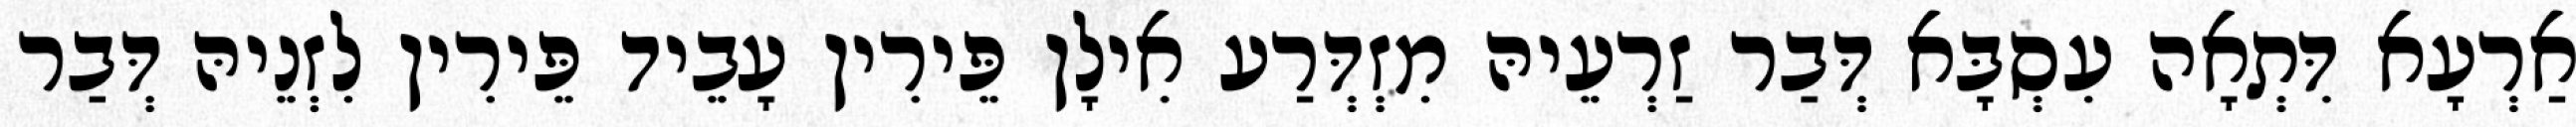
אַרְעָא דִּתְאָה עִסְבָּא דְּבַר זַרְעֵיהּ מִזְדְּרַע אִילָן פֵּירִין עָבֵיד פֵּירִין לִזְנֵיהּ דְּבַר